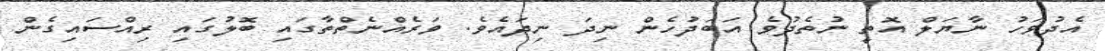
އެދުވަހު ނާޔަލް އޮތީ ނުތެދުވެ އަބަދުހެން ނިދަ ނިދައެވެ. ވަރެއްނެތްތާގައި ބޮލުގައި ރިއްސައިގެން